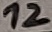
Text: 12